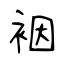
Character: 裀